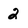
Character: 2